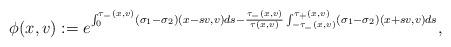
LaTeX: \begin{align*}\phi(x,v):=e^{\int_0^{\tau_-(x,v)}(\sigma_1- \sigma_2)(x-sv,v)ds-{\tau_-(x,v)\over\tau(x,v)}\int^{\tau_+(x,v)}_{-\tau_-(x,v)}(\sigma_1-\sigma_2)(x+sv,v)ds},\end{align*}